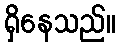
ရှိနေသည်။